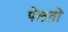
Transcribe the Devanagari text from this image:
पेलतो